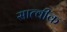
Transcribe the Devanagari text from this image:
सात्वीक